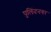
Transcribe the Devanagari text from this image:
पुलिंदनगर